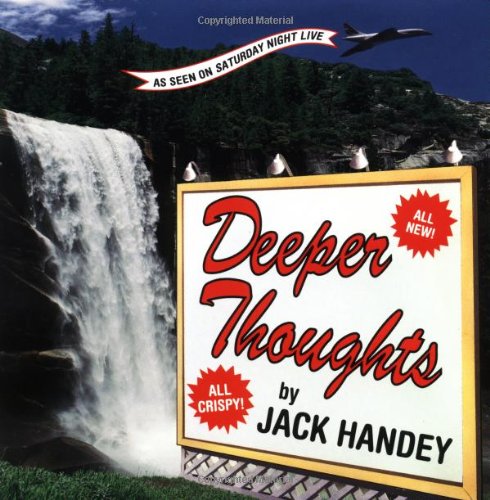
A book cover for Deeper Thoughts, All New; Jack Handey; Humor & Entertainment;